Malaria in the Andamans - Number 56
Disease focus: Malaria
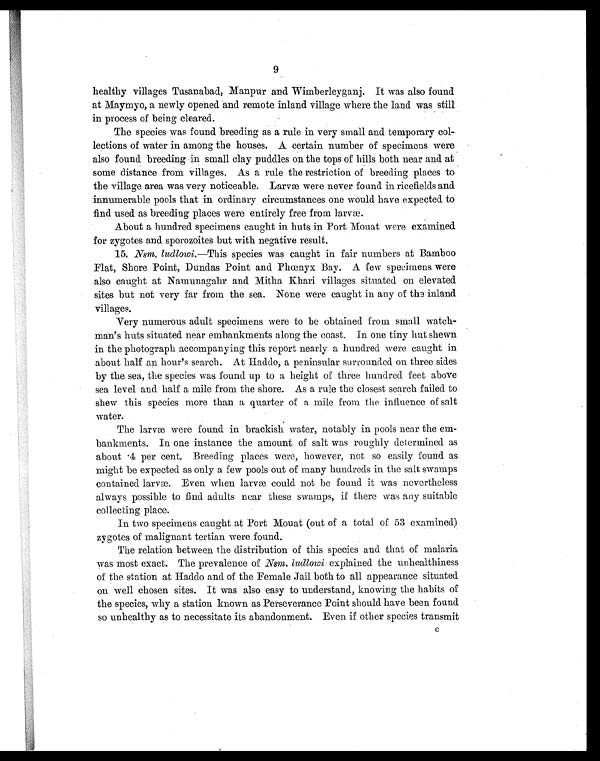
9
healthy villages Tusanabad, Manpur and Wimberleyganj. It was also found
at Maymyo, a newly opened and remote inland village where the land was still
in process of being cleared.
The species was found breeding as a rule in very small and temporary col
- l e c t i o n s o f w a t e r i n a m o n g t h e h o u s e s . A c e r t a i n n u m b e r o f s p e c i m e n s w e r e
also found breeding in small clay puddles on the tops of hills both near and at
some distance from villages. As a rule the restriction of breeding places to
the village area was very noticeable. Larvæ were never found in ricefields and
innumerable pools that in ordinary circumstances one would have expected to
find used as breeding places were entirely free from larvæ.
About a hundred specimens caught in huts in Port Mouat were examined
for zygotes and sporozoites but with negative result.
15. Nsm. ludlowi. —This species was caught in fair numbers at Bamboo
Flat, Shore Point, Dundas Point and Phœnyx Bay. A few specimens were
also caught at Namunagahr and Mitha Khari villages situated on elevated
sites but not very far from the sea. None were caught in any of the inland
villages.
Very numerous adult specimens were to be obtained from small watch-
man's huts situated near embankments along the coast. In one tiny hut shewn
in the photograph accompanying this report nearly a hundred were caught in
about half an hour's search. At Haddo, a peninsular surrounded on three sides
by the sea, the species was found up to a height of three hundred feet above
sea level and half a mile from the shore. As a rule the closest search failed to
shew this species more than a quarter of a mile from the influence of salt
water.
The larvæ were found in brackish water, notably in pools near the em-
bankments. In one instance the amount of salt was roughly determined as
a b o u t . 4 p e r c e n t . B r e e d i n g p l a c e s w e r e , h o w e v e r , n o t s o e a s i l y f o u n d a s
might be expected as only a few pools out of many hundreds in the salt swamps
contained larvæ. Even when larvæ could not be found it was nevertheless
always possible to find adults near these swamps, if there was any suitable
collecting place.
In two specimens caught at Port Mouat (out of a total of 53 examined)
zygotes of malignant tertian were found.
The relation between the distribution of this species and that of malaria
was most exact. The prevalence of Nsm. ludlowi explained the unhealthiness
of the station at Haddo and of the Female Jail both to all appearance situated
on well chosen sites. It was also easy to understand, knowing the habits of
the species, why a station known as Perseverance Point should have been found
so unhealthy as to necessitate its abandonment. Even if other species transmit